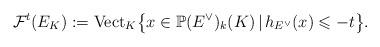
LaTeX: \begin{align*}\mathcal F^t(E_{K}):=\mathrm{Vect}_{K}\big\{x\in\mathbb P(E^\vee)_k(K)\,|\,h_{E^{\vee}}(x)\leqslant -t\big\}.\end{align*}